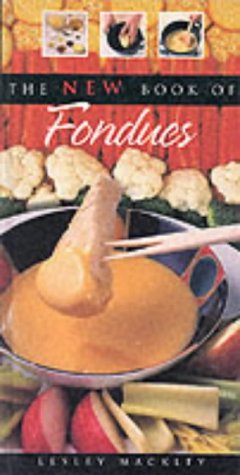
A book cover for The New Book of Fondues; Lesley Mackley; Cookbooks, Food & Wine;